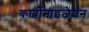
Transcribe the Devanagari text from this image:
कार्बोनाइजेशन